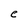
Character: e